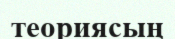
теориясың